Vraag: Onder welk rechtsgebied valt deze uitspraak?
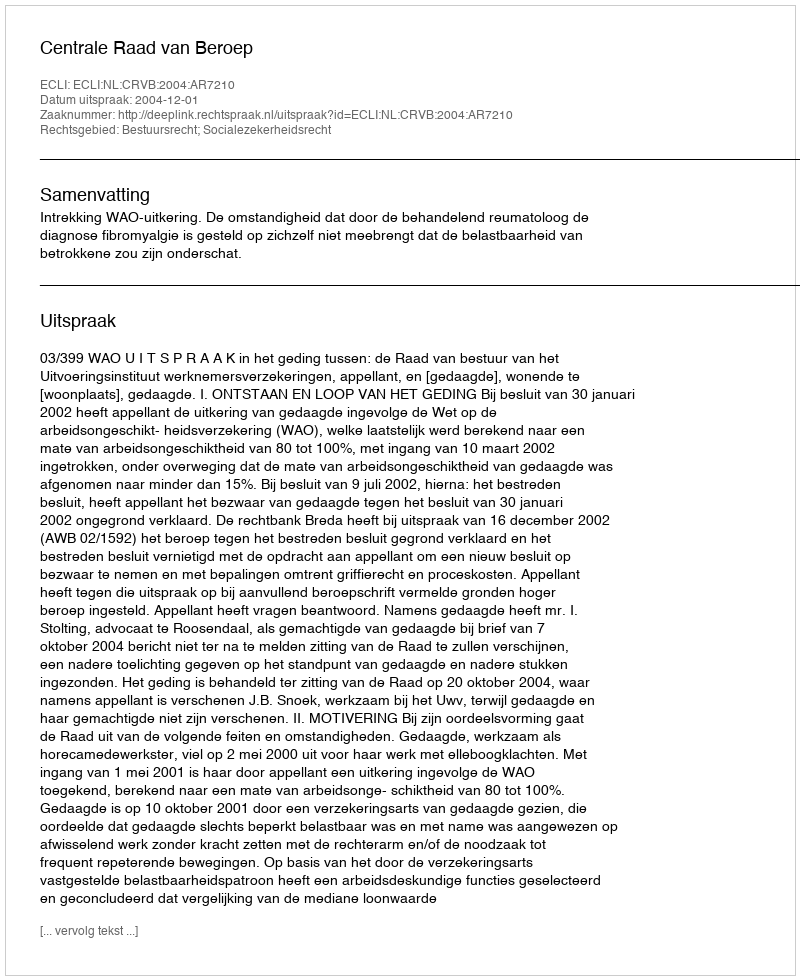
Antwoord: Bestuursrecht; Socialezekerheidsrecht